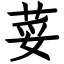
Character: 荽